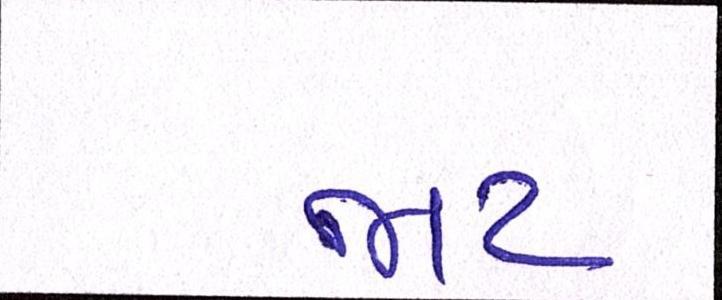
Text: જાટ